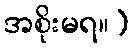
အစိုးမရ။)